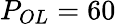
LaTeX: P_{OL}=60~\